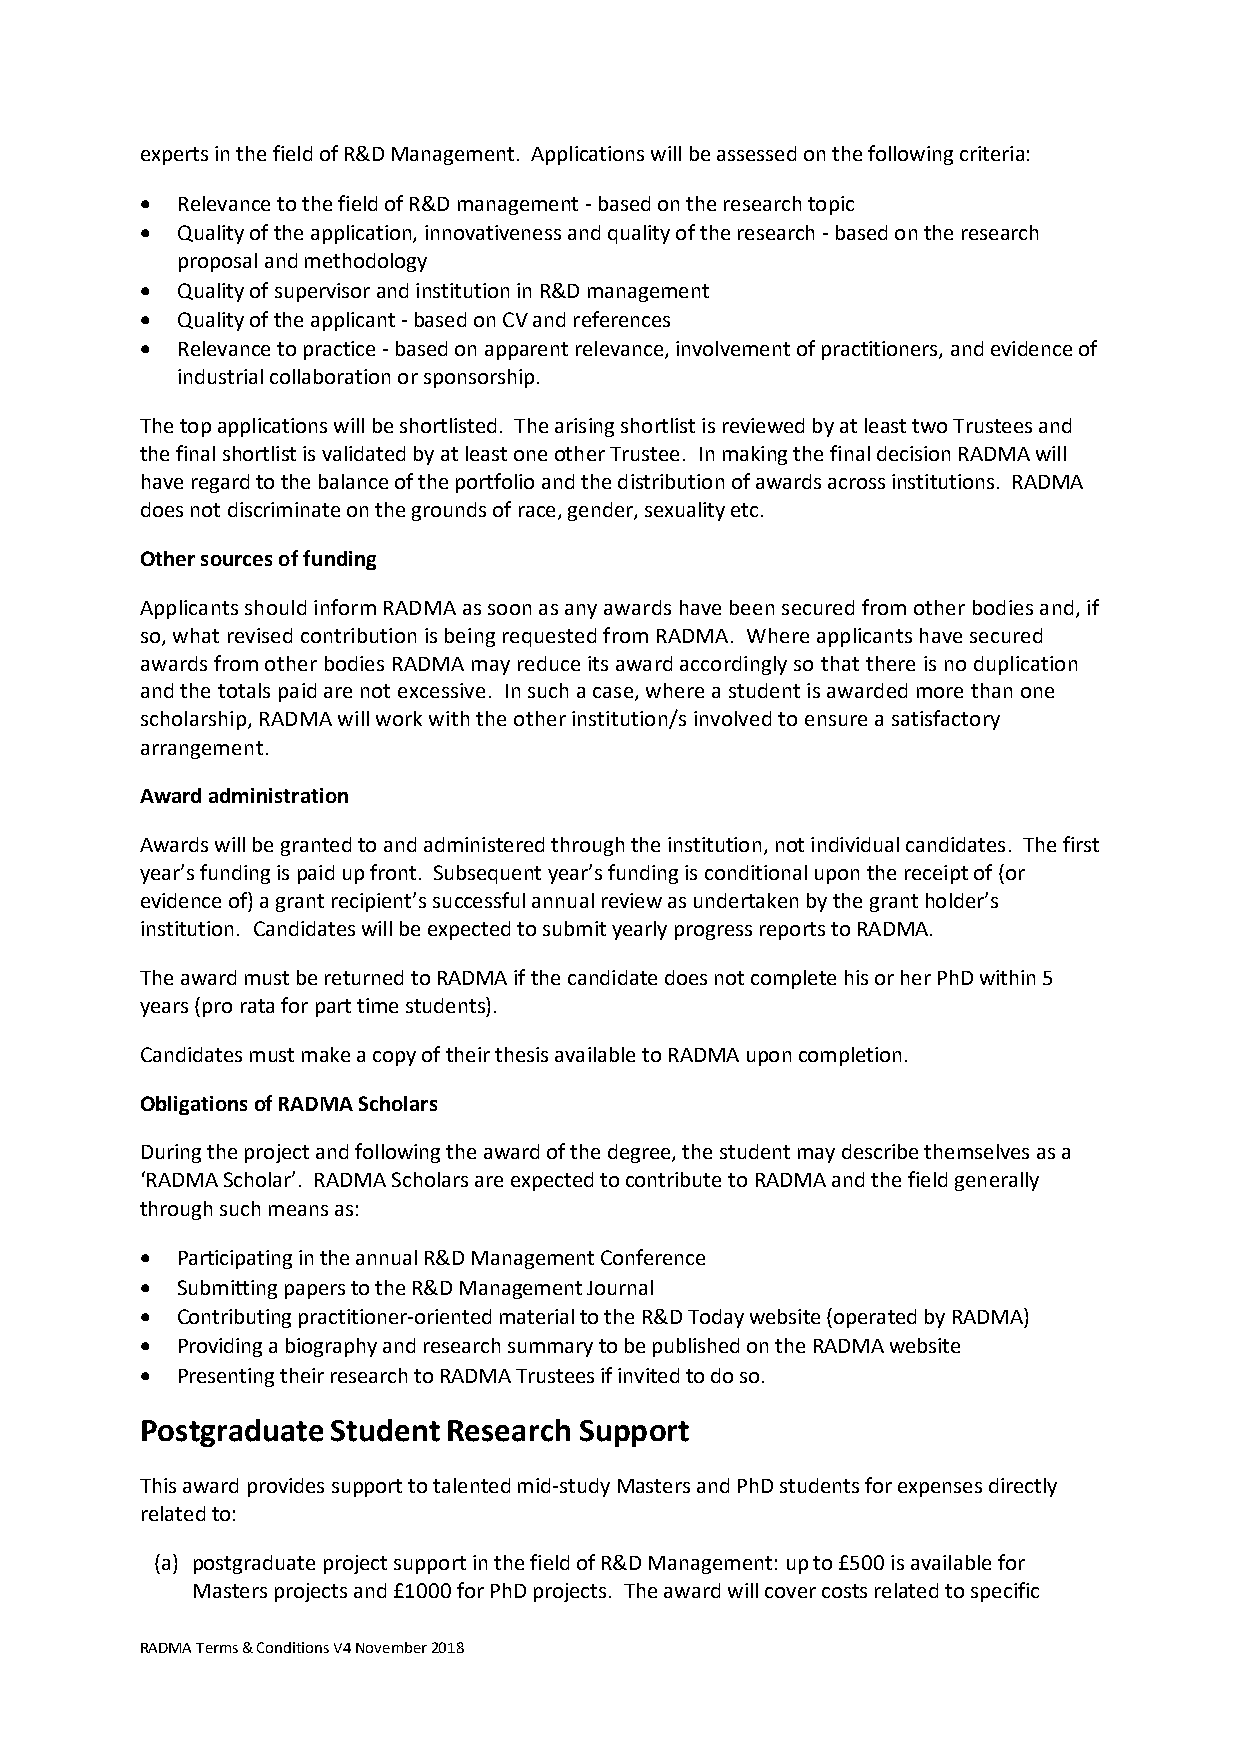
experts in the field of R&D Management. Applications will be assessed on the following criteria:
   Relevance to the field of R&D management - based on the research topic
   Quality of the application, innovativeness and quality of the research - based on the research
 proposal and methodology
   Quality of supervisor and institution in R&D management
   Quality of the applicant - based on CV and references
   Relevance to practice - based on apparent relevance, involvement of practitioners, and evidence of
 industrial collaboration or sponsorship.
 The top applications will be shortlisted. The arising shortlist is reviewed by at least two Trustees and
 the final shortlist is validated by at least one other Trustee. In making the final decision RADMA will
 have regard to the balance of the portfolio and the distribution of awards across institutions. RADMA
 does not discriminate on the grounds of race, gender, sexuality etc.
 Other sources of funding
 Applicants should inform RADMA as soon as any awards have been secured from other bodies and, if
 so, what revised contribution is being requested from RADMA. Where applicants have secured
 awards from other bodies RADMA may reduce its award accordingly so that there is no duplication
 and the totals paid are not excessive. In such a case, where a student is awarded more than one
 scholarship, RADMA will work with the other institution/s involved to ensure a satisfactory
 arrangement.
 Award administration
 Awards will be granted to and administered through the institution, not individual candidates. The first
 year’s funding is paid up front. Subsequent year’s funding is conditional upon the receipt of (or
 evidence of) a grant recipient’s successful annual review as undertaken by the grant holder’s
 institution. Candidates will be expected to submit yearly progress reports to RADMA.
 The award must be returned to RADMA if the candidate does not complete his or her PhD within 5
 years (pro rata for part time students).
 Candidates must make a copy of their thesis available to RADMA upon completion.
 Obligations of RADMA Scholars
 During the project and following the award of the degree, the student may describe themselves as a
 ‘RADMA Scholar’. RADMA Scholars are expected to contribute to RADMA and the field generally
 through such means as:
   Participating in the annual R&D Management Conference
   Submitting papers to the R&D Management Journal
   Contributing practitioner-oriented material to the R&D Today website (operated by RADMA)
   Providing a biography and research summary to be published on the RADMA website
   Presenting their research to RADMA Trustees if invited to do so.
 Postgraduate Student Research Support
 This award provides support to talented mid-study Masters and PhD students for expenses directly
 related to:
 (a) postgraduate project support in the field of R&D Management: up to £500 is available for
 Masters projects and £1000 for PhD projects. The award will cover costs related to specific
 RADMA Terms & Conditions V4 November 2018